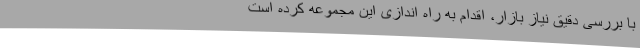
با بررسی دقیق نیاز بازار، اقدام به راه اندازی این مجموعه کرده است